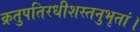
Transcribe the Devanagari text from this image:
क्रतुपतिरधीशस्तनुभृतां।